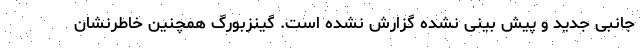
جانبی جدید و پیش بینی نشده گزارش نشده است. گینزبورگ همچنین خاطرنشان